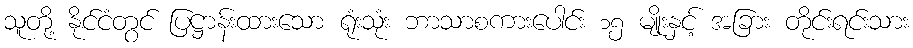
သူတို့ နိုင်ငံတွင် ပြဋ္ဌာန်းထားသော ရုံးသုံး ဘာသာစကားပေါင်း ၁၅ မျိုးနှင့် အခြား တိုင်းရင်းသား